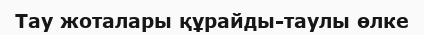
Тау жоталары құрайды-таулы өлке